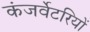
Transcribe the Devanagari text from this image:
कंजर्वेटरियों